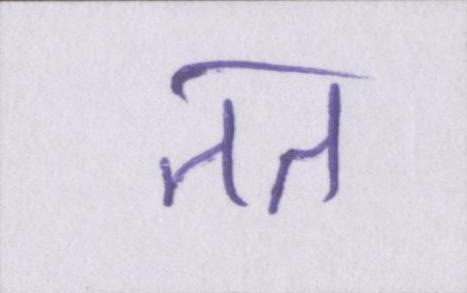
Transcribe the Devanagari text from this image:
तत